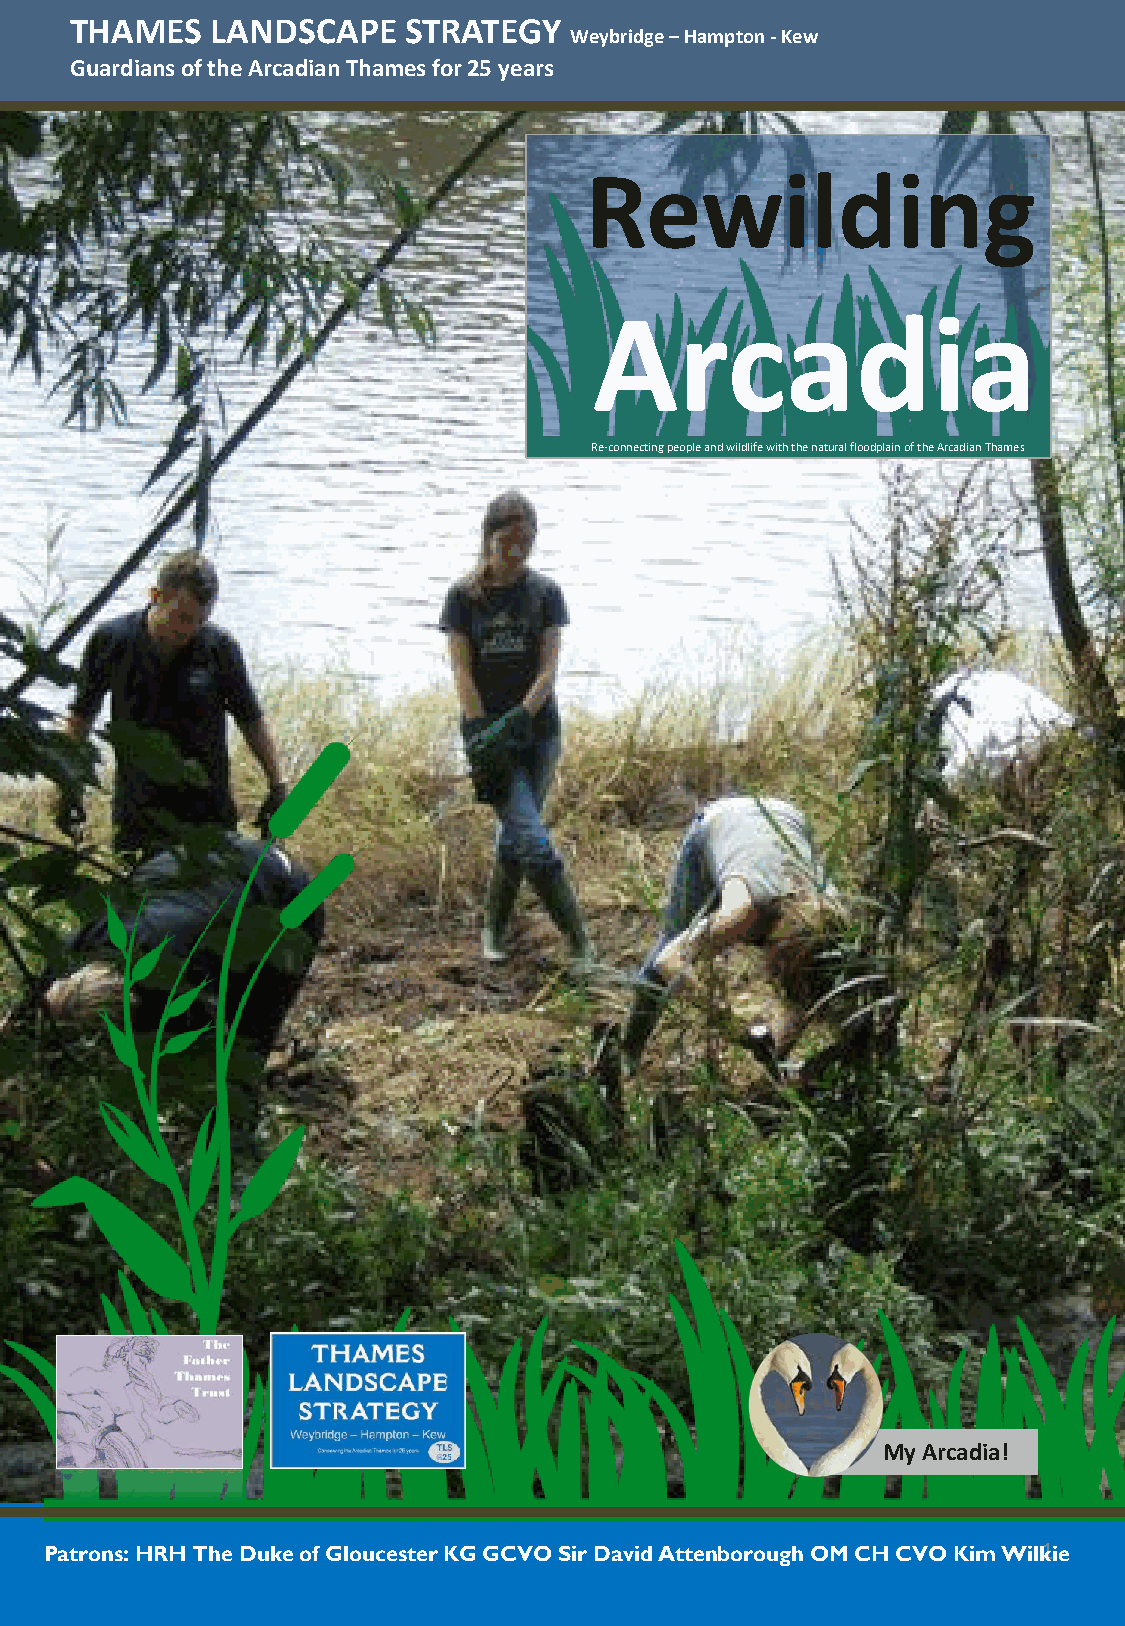
THAMES   LANDSCAPE    STRATEGY
 Weybridge –Hampton -Kew
 Guardians of the Arcadian Thames for 25 years
 Rewilding
 Arcadia
 Re-connecting people and wildlife with the natural floodplain of the Arcadian Thames
 My Arcadia!
 Patrons: HRH The Duke of Gloucester KG GCVO Sir David Attenborough OM CH CVO Kim Wilk1ie